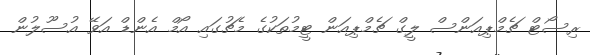
ރިސޯޓް ޗެމްޕިއަންސް ލީގް ޗެމްޕިއަން ޓީމުތަކުގެ މެޗުގައި އޯމް އެންޑް އަވޭ އުސޫލުން